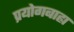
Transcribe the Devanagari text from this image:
प्रयोगबाह्य